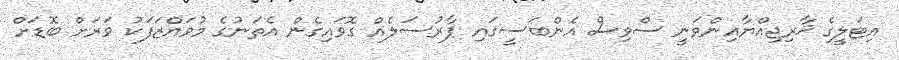
އިޓަލީގެ ޚާރިޖިއްޔާއިންވަނީ ސްވިސް އެންބަސީގައި ޕާރުސަލެއް ގޮވައިގެން އެތަނުގެ މުވައްޒަފަކު ވަރަށް ބޮޑަށް